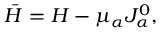
\bar { { \cal H } } = { \cal H } - \mu _ { \alpha } J _ { \alpha } ^ { 0 } ,